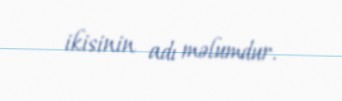
ikisinin adı məlumdur.